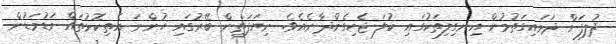
ދުލިފަށް ދަމައިގަތުމުން އިނގިލިތަކުގައި ކުލަ ޖެހިގެންދާނެއެވެ. ނިޔަފަތިން ބޭރުގައި ހުންނަ އެތިކޮޅުތައް މަޑުމަޑުން